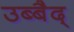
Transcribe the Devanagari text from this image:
उब्बैद्